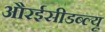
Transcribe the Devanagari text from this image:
औरईसीडब्ल्यू